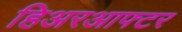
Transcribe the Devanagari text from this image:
हिअरआफ्टर